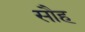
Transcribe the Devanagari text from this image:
सौह